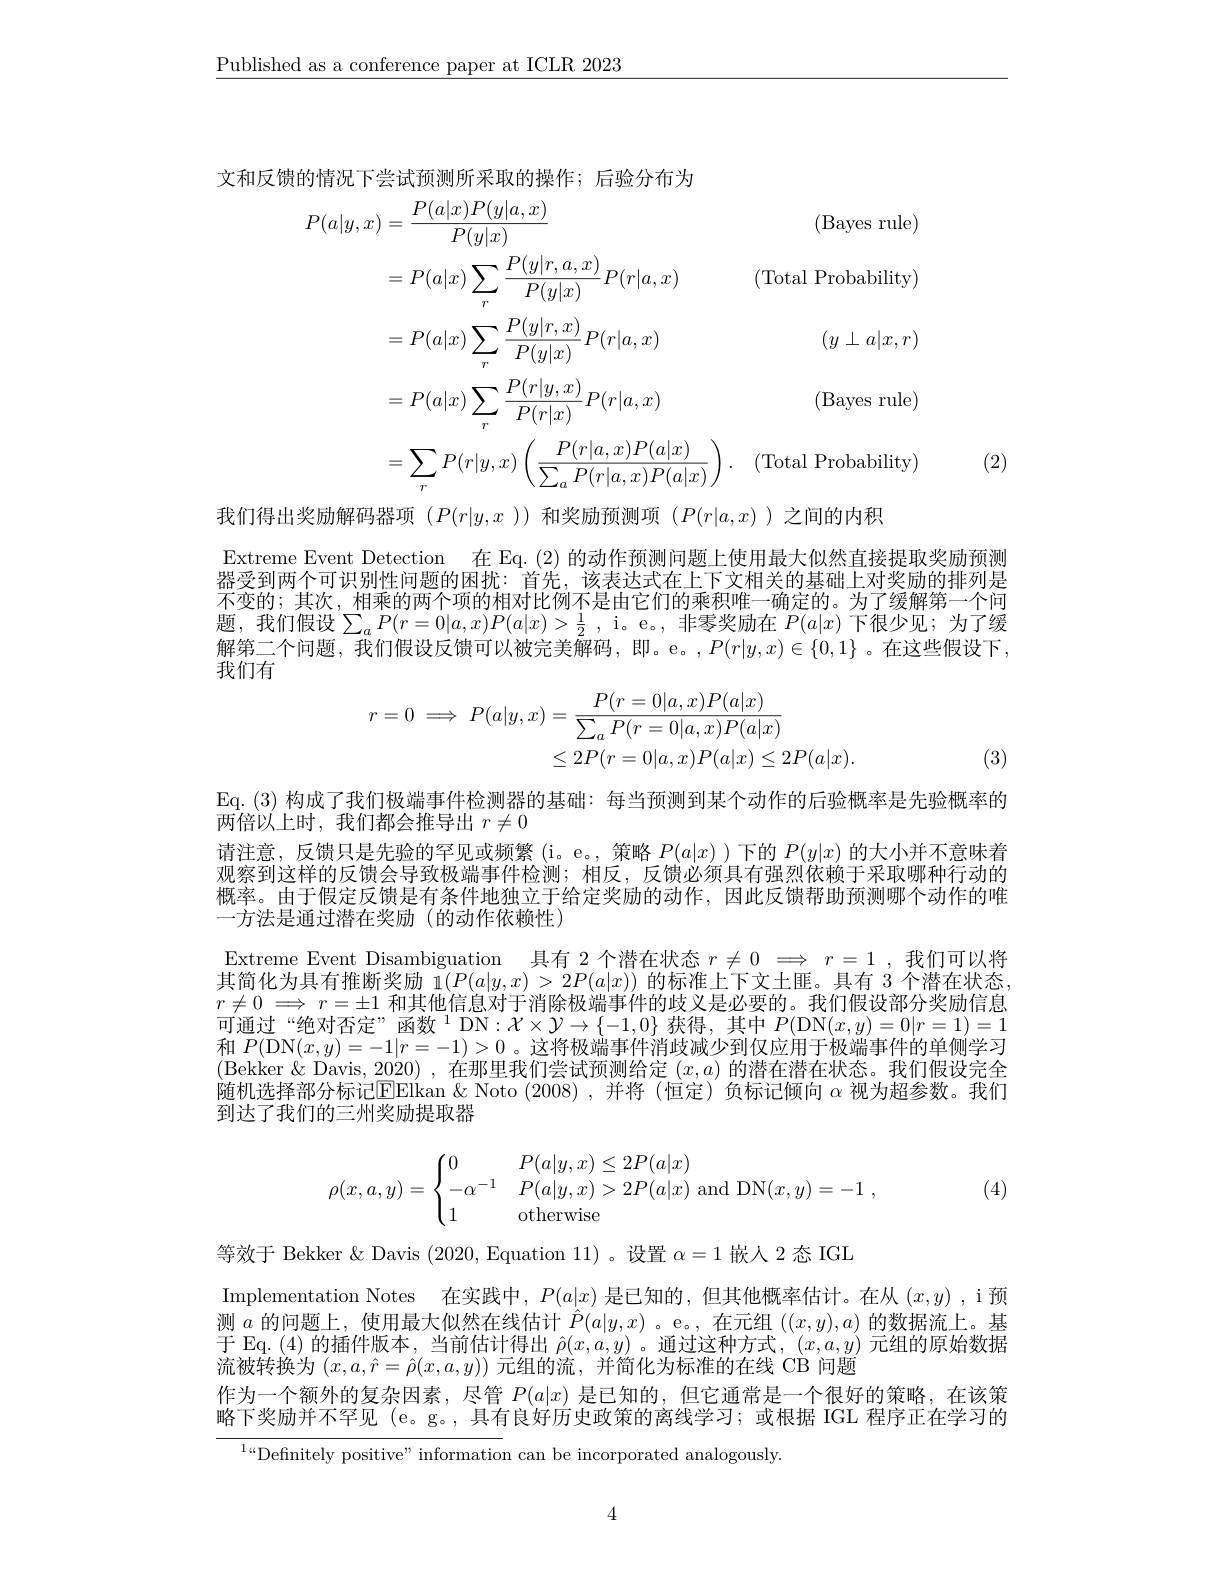
$\underline{\text{Published as a conference paper at ICLR 2023}}$

文和反馈的情况下尝试预测所采取的操作；后验分布为
$$\begin{aligned}P(a|y,x)&=\frac{P(a|x)P(y|a,x)}{P(y|x)}&\text{(Bayes rule)}\\&=P(a|x)\sum_r\frac{P(y|r,a,x)}{P(y|x)}P(r|a,x)&\text{(Total Probability)}\\&=P(a|x)\sum_r\frac{P(y|r,x)}{P(y|x)}P(r|a,x)&\text{(y + a|x,r)}\\&=P(a|x)\sum_r\frac{P(r|y,x)}{P(r|x)}P(r|a,x)&\text{(Bayes rule)}\\&=\sum_rP(r|y,x)\left(\frac{P(r|a,x)P(a|x)}{\sum_aP(r|a,x)P(a|x)}\right).&\text{(Total Probability)}\end{aligned}$$
(2)

我们得出奖励解码器项$(P(r|y,x))$和奖励预测项$(P(r|a,x)$ )之间的内积
Extreme Event Detection 在 Eq.(2)的动作预测问题上使用最大似然直接提取奖励预测器受到两个可识别性问题的困扰：首先，该表达式在上下文相关的基础上对奖励的排列是不变的；其次，相乘的两个项的相对比例不是由它们的乘积唯一确定的。为了缓解第一个问题，我们假设$\sum_aP(r=0|a,x)P(a|x)>\frac12$, i。e。,非零奖励在$P(a|x)$下很少见；为了缓$\bar{\text{解第二个问题，我们假设反馈可以被完美解码，即。e。}},P(r|y,x)\in\{0,1\}$ 。在这些假设下， 我们有
$$\begin{aligned}r=0\implies P(a|y,x)&=\frac{P(r=0|a,x)P(a|x)}{\sum_{a}P(r=0|a,x)P(a|x)}\\&\leq2P(r=0|a,x)P(a|x)\leq2P(a|x).\end{aligned}$$
(3)

Eq.(3)构成了我们极端事件检测器的基础：每当预测到某个动作的后验概率是先验概率的
两倍以上时，我们都会推导出$r\neq0$
请注意，反馈只是先验的罕见或频繁(i。e。,策略$P(a|x)$ )下的$P(y|x)$的大小并不意味着观察到这样的反馈会导致极端事件检测；相反，反馈必须具有强烈依赖于采取哪种行动的概率。由于假定反馈是有条件地独立于给定奖励的动作，因此反馈帮助预测哪个动作的唯一方法是通过潜在奖励(的动作依赖性)
Extreme Event Disambiguation 具有 2个潜在状态$r\neq 0$ $\Longrightarrow r= 1$ ,我们可以将$\begin{array}{l}\text{其简化为具有推断奖励 }\bar{1}(P(a|y,x)>2P(a|x))\text{ 的标准上下文土匪。具有 3 个潜在状态}\\r\neq0\implies r=\pm1\text{ 和其他信息对于消除极端事件的歧义是必要的。我们假设部分奖励信息}\end{array}$ 可通过“绝对否定”函数$^1$ DN$:\mathcal{X}\times\mathcal{Y}\to\{-1,0\}$获得，其中$P($DN$(x,y)=0|r=1)=1$ 和$P($DN$(x,y)=-1|r=-1)>0$ 。这将极端事件消歧减少到仅应用于极端事件的单侧学习(Bekker &Davis, 2020) ,在那里我们尝试预测给定$(x,a)$的潜在潜在状态。我们假设完全随机选择部分标记$\operatorname{Elikan}\&$ Noto (2008),并将 (恒定)负标记倾向$\alpha$视为超参数。我们到达了我们的三州奖励提取器
$$\rho(x,a,y)=\begin{cases}0&P(a|y,x)\leq2P(a|x)\\-\alpha^{-1}&P(a|y,x)>2P(a|x)\text{and}\text{DN}(x,y)=-1\:,\\1&\text{otherwise}\end{cases}$$
(4)

等效于 Bekker & Davis (2020, Equation 11)。设置$\alpha=1$嵌人 2 态 IGL
Implementation Notes 在实践中，$P(a|x)$是已知的，但其他概率估计。在从$(x,y)$ ,i 预$\begin{array}{l}\text{测 }a\text{ 的问题上，使用最大似然在线估计 }\hat{P}(a|y,x)\text{ 。e。,在元组 }((x,y),a)\text{ 的数据流上。基}\\\text{于 Eq. (4) 的插件版本，当前估计得出 }\hat{\rho}(x,a,y)\text{ 。通过这种方式，}(x,a,y)\text{ 元组的原始数据}\end{array}$ 流被转换为$(x,a,\hat{r}=\hat{\rho}(x,a,y))$元组的流，并简化为标准的在线 CB 问题
作为一个额外的复杂因素，尽管$P(a|x)$是已知的，但它通常是一个很好的策略，在该策略下奖励并不罕见 (e。g。,具有良好历史政策的离线学习；或根据 IGL 程序正在学习的

${^{1}\text{“Definitely positive” information can be incorporated analogously}}.$

4